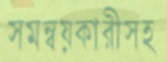
সমন্বয়কারীসহ